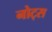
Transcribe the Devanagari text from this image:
नोट्‍स